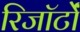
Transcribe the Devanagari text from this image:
रिजॉर्टों